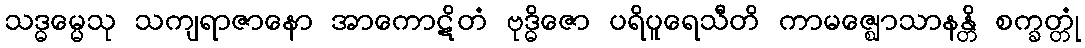
သဒ္ဓမ္မေသု သကျရာဇာနော အာကောဋိတံ ဗုဒ္ဓိဇော ပရိပူရေသီတိ ကာမဇ္ဈောသာနန္တိ စက္ခတ္တုံ